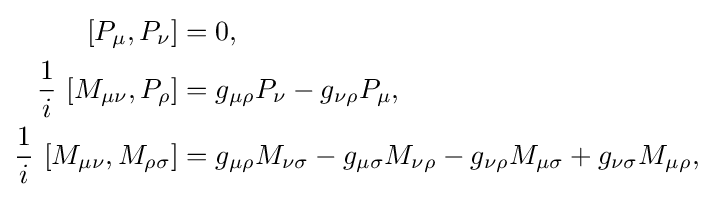
{\begin{aligned}[][P_{\mu },P_{\nu }]&=0,\\{\frac {1}{i}}~[M_{\mu \nu },P_{\rho }]&=g_{\mu \rho }P_{\nu }-g_{\nu \rho }P_{\mu },\\{\frac {1}{i}}~[M_{\mu \nu },M_{\rho \sigma }]&=g_{\mu \rho }M_{\nu \sigma }-g_{\mu \sigma }M_{\nu \rho }-g_{\nu \rho }M_{\mu \sigma }+g_{\nu \sigma }M_{\mu \rho },\end{aligned}}